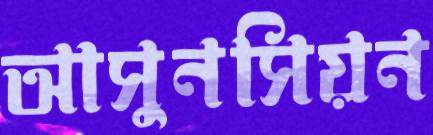
আসুনসিয়ন